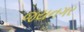
જયનગર